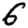
Digit: 6